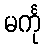
မင်္ကု